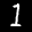
Label: 1